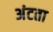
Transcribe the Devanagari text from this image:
अंटता